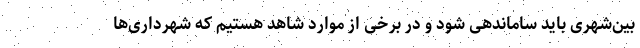
بین‌شهری باید ساماندهی شود و در برخی از موارد شاهد هستیم که شهرداری‌ها